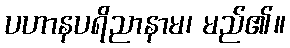
ပဟာနပရိညာနာမ၊ မည်၏။